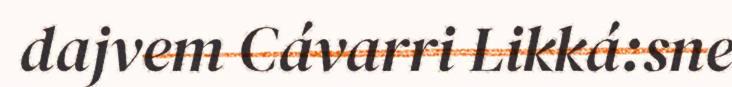
dajvem Cávarri Likká:sne